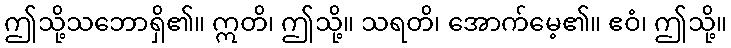
ဤသို့သဘောရှိ၏။ ဣတိ၊ ဤသို့။ သရတိ၊ အောက်မေ့၏။ ဧဝံ၊ ဤသို့။